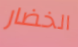
الخضار